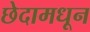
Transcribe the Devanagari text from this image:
छेदामधून